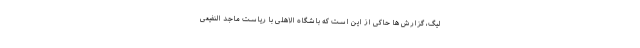
لیگ، گزارش ها حاکی از این است که باشگاه الاهلی با ریاست ماجد النفیعی